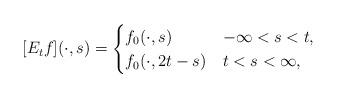
LaTeX: \begin{align*}[E_tf](\cdot, s) = \begin{cases}f_0(\cdot, s) &-\infty < s < t, \\f_0(\cdot, 2t-s) &t < s < \infty,\end{cases}\end{align*}